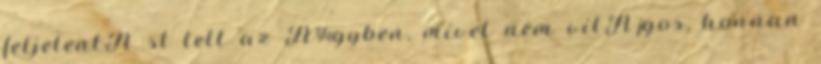
feljelentÃ st tett az Ã¼gyben, mivel nem vilÃ¡gos, honnan